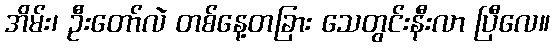
အိမ်း၊ ဦးတော်လဲ တစ်နေ့တခြား သေတွင်းနီးလာ ပြီလေ။